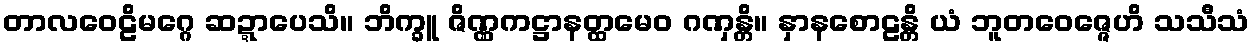
တာလဝေဠိမဂ္ဂေ ဆဍ္ဍာပေသိ။ ဘိက္ခူ ဇိဏ္ဏကဋ္ဌာနတ္ထမေဝ ဂဏှန္တိ။ နှာနစောဠန္တိ ယံ ဘူတဝေဇ္ဇေဟိ သသီသံ